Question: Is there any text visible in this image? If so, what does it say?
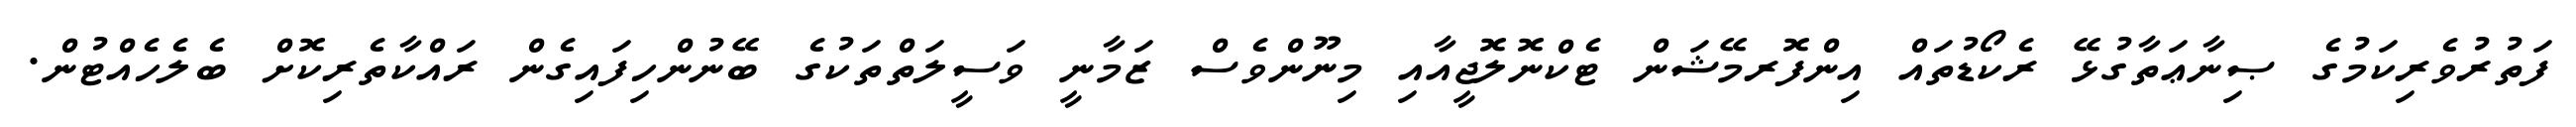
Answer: ފަތުރުވެރިކަމުގެ ޞިނާޢަތާގުޅޭ ރެކޯޑުތައް އިންފޮރމޭޝަން ޓެކްނޮލޮޖީއާއި މިނޫންވެސް ޒަމާނީ ވަސީލަތްތަކުގެ ބޭނުންހިފައިގެން ރައްކާތެރިކޮށް ބެލެހެއްޓުން.